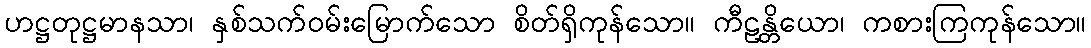
ဟဋ္ဌတုဋ္ဌမာနသာ၊ နှစ်သက်ဝမ်းမြောက်သော စိတ်ရှိကုန်သော။ ကီဠန္တိယော၊ ကစားကြကုန်သော။